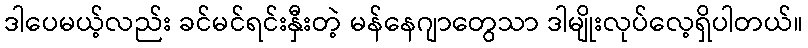
ဒါပေမယ့်လည်း ခင်မင်ရင်းနှီးတဲ့ မန်နေဂျာတွေသာ ဒါမျိုးလုပ်လေ့ရှိပါတယ်။